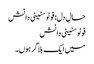
حالِ دل: فوٹوسٹیٹی دانش
فوٹوسٹیٹی دانش
میں ایک بلاگر ہوں۔